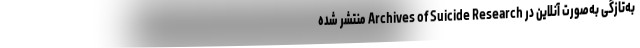
به‌تازگی به‌صورت آنلاین در Archives of Suicide Research منتشر شده